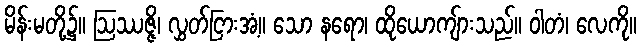
မိန်းမတို့၌။ ဩဿဇ္ဇိ၊ လွှတ်ငြားအံ့။ သော နရော၊ ထိုယောကျ်ားသည်။ ဝါတံ၊ လေကို။